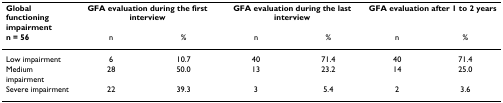
<table><thead><tr><td><b>Global functioning impairment</b></td><td colspan="2"><b>GFA evaluation during the first interview</b></td><td colspan="2"><b>GFA evaluation during the last interview</b></td><td colspan="2"><b>GFA evaluation after 1 to 2 years</b></td></tr><tr><td><b>n = 56</b></td><td><b>n</b></td><td><b>%</b></td><td><b>n</b></td><td><b>%</b></td><td><b>n</b></td><td><b>%</b></td></tr></thead><tbody><tr><td>Low impairment</td><td>6</td><td>10.7</td><td>40</td><td>71.4</td><td>40</td><td>71.4</td></tr><tr><td>Medium impairment</td><td>28</td><td>50.0</td><td>13</td><td>23.2</td><td>14</td><td>25.0</td></tr><tr><td>Severe impairment</td><td>22</td><td>39.3</td><td>3</td><td>5.4</td><td>2</td><td>3.6</td></tr></tbody></table>